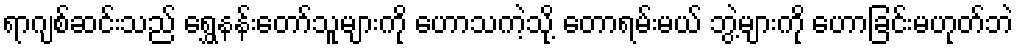
ရာဂျစ်ဆင်းသည် ရွှေနန်းတော်သူများကို ဟောသကဲ့သို့ တောရမ်းမယ် ဘွဲ့များကို ဟောခြင်းမဟုတ်ဘဲ